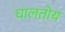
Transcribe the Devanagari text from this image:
घालतोय